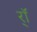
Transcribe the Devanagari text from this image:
र्‍ाॅ